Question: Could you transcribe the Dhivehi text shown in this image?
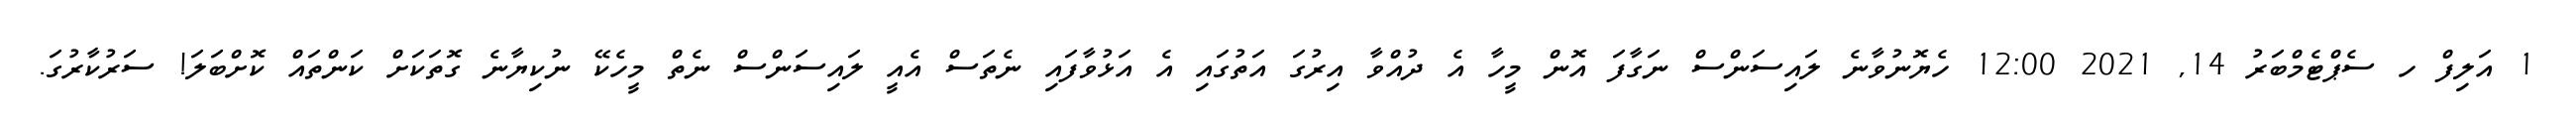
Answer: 1 އަލިފް ހ ސެޕްޓެމްބަރު 14, 2021 12:00 ހެޔޮނުވާނެ ލައިސަންސް ނަގާފަ އޮން މީހާ އެ ދުއްވާ އިރުގަ އަތުގައި އެ އަޅުވާފައި ނެތަސް އެއީ ލައިސަންސް ނެތް މީހެކޭ ނުކިޔާނެ ގޮތަކަށް ކަންތައް ކޮށްބަލަ! ސަރުކާރުގަ.